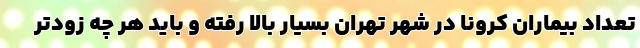
تعداد بیماران کرونا در شهر تهران بسیار بالا رفته و باید هر چه زودتر